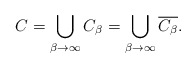
\begin{align*}C= \bigcup_{\beta\to \infty} C_{\beta}= \bigcup_{\beta\to \infty} \overline{C_{\beta}}. \end{align*}